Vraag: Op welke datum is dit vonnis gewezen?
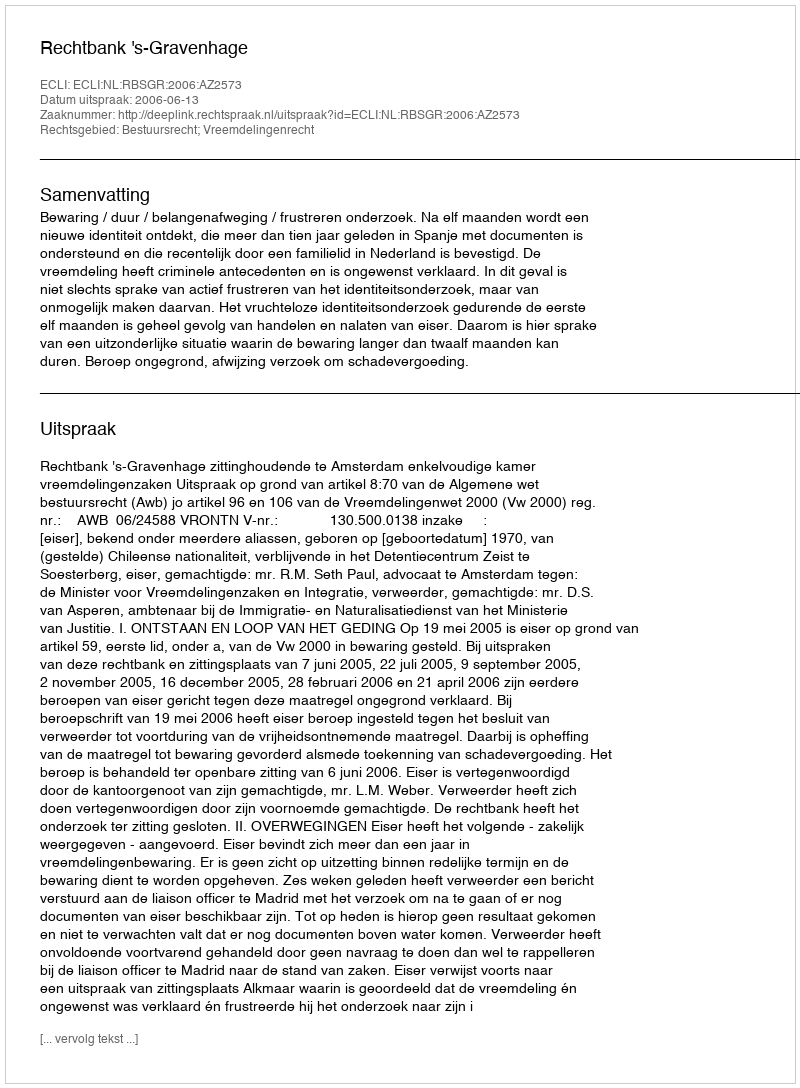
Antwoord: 2006-06-13